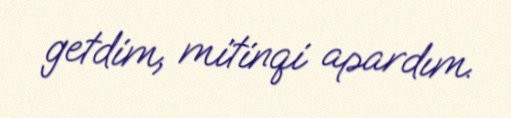
getdim, mitinqi apardım.